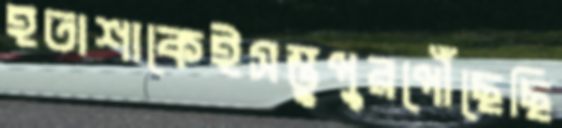
হতাশাকেইসম্ভুপুরপৌঁছেছি